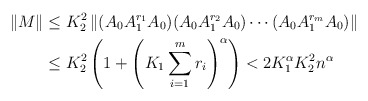
\begin{align*}\|M\| &\leq K_2^2 \left\| (A_0 A_1^{r_1}A_0)(A_0A_1^{r_2}A_0) \cdots (A_0 A_1^{r_m}A_0)\right\|\\& \leq K_2^2\left(1+\left(K_1 \sum_{i=1}^m r_i\right)^\alpha\right) <2K_1^\alpha K_2^2 n^\alpha\end{align*}